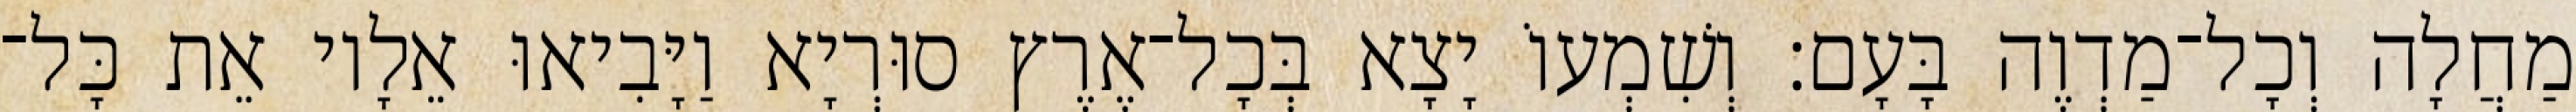
מַחֲלָה וְכָל־מַדְוֶה בָּעָם׃ וְשִׁמְעוֹ יָצָא בְּכָל־אֶרֶץ סוּרְיָא וַיָּבִיאוּ אֵלָיו אֵת כָּל־